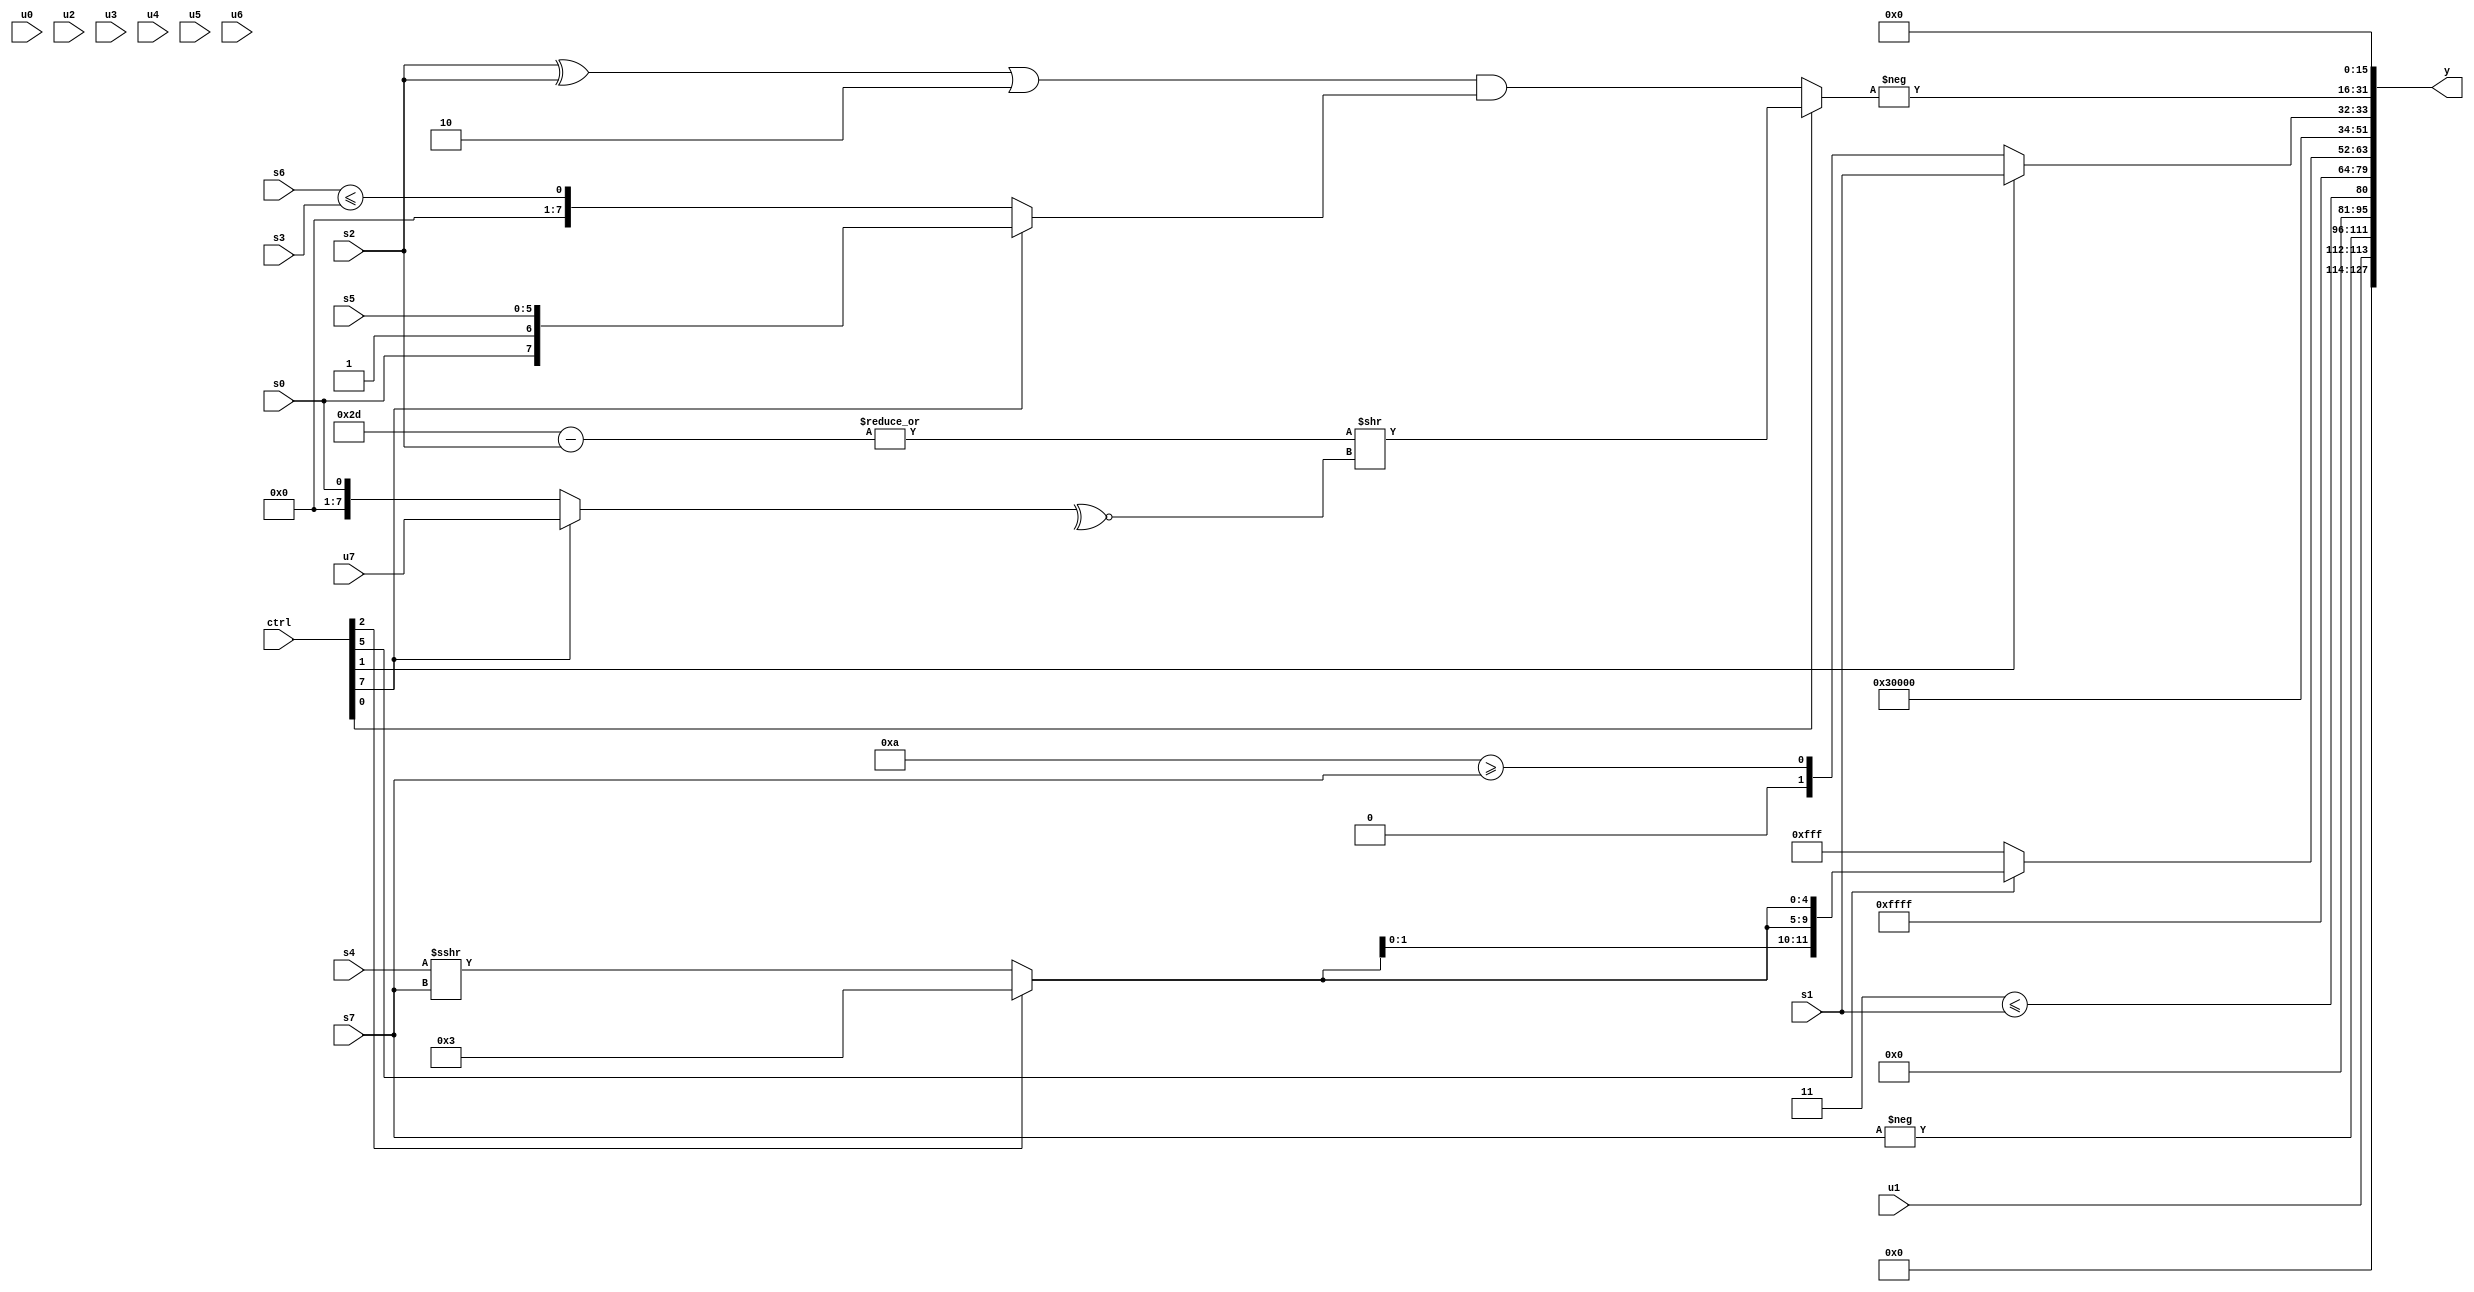
module wideexpr_00589(ctrl, u0, u1, u2, u3, u4, u5, u6, u7, s0, s1, s2, s3, s4, s5, s6, s7, y);
  input [7:0] ctrl;
  input [0:0] u0;
  input [1:0] u1;
  input [2:0] u2;
  input [3:0] u3;
  input [4:0] u4;
  input [5:0] u5;
  input [6:0] u6;
  input [7:0] u7;
  input signed [0:0] s0;
  input signed [1:0] s1;
  input signed [2:0] s2;
  input signed [3:0] s3;
  input signed [4:0] s4;
  input signed [5:0] s5;
  input signed [6:0] s6;
  input signed [7:0] s7;
  output [127:0] y;
  wire [15:0] y0;
  wire [15:0] y1;
  wire [15:0] y2;
  wire [15:0] y3;
  wire [15:0] y4;
  wire [15:0] y5;
  wire [15:0] y6;
  wire [15:0] y7;
  assign y = {y0,y1,y2,y3,y4,y5,y6,y7};
  assign y0 = u1;
  assign y1 = -($signed(s7));
  assign y2 = (2'b11)<=(s1);
  assign y3 = 3'sb111;
  assign y4 = {(-(-(($signed(((s7)-(4'sb1010))^~(-(6'sb011001))))&(4'sb0001))))<=(+($signed($unsigned({4{{2{$signed(5'sb11011)}}}})))),-((ctrl[2]?$signed(+($signed((ctrl[6]?5'sb10111:1'sb1)))):1'sb1)),(ctrl[5]?$signed({4{(ctrl[2]?3'sb011:$signed($signed((s4)>>>(s7))))}}):$signed(3'sb111)),4'sb1100};
  assign y5 = (ctrl[1]?s1:($signed(5'sb01010))>=(s7));
  assign y6 = -($signed((ctrl[0]?(|((6'sb101101)-(s2)))>>(~^((ctrl[7]?u7:s0))):(((s2)^(s2))|({1{4'sb0010}}))&((ctrl[7]?{s0,1'sb1,s5}:(s6)<=(s3))))));
  assign y7 = (($signed(6'sb111101))<<<({2{s6}}))>>($unsigned(5'sb10100));
endmodule